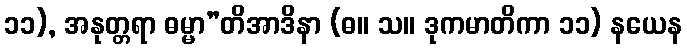
၁၁), အနုတ္တရာ ဓမ္မာ”တိအာဒိနာ (ဓ။ သ။ ဒုကမာတိကာ ၁၁) နယေန